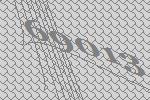
69013